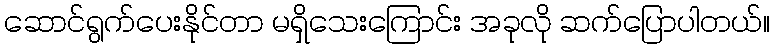
ဆောင်ရွက်ပေးနိုင်တာ မရှိသေးကြောင်း အခုလို ဆက်ပြောပါတယ်။